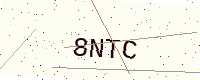
Text: 8NTC